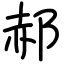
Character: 郝